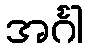
အင်္ဂါ